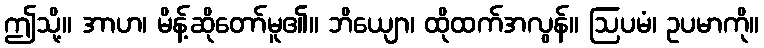
ဤသို့။ အာဟ၊ မိန့်ဆိုတော်မူ၏။ ဘိယျော၊ ထိုထက်အလွန်။ ဩပမံ၊ ဥပမာကို။